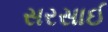
સરસાઈ